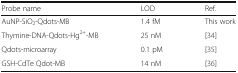
<table><thead><tr><td><b>Probe name</b></td><td><b>LOD</b></td><td><b>Ref.</b></td></tr></thead><tbody><tr><td>AuNP-SiO<sub>2</sub>-Qdots-MB</td><td>1.4 fM</td><td>This work</td></tr><tr><td>Thymine-DNA-Qdots-Hg<sup>2+</sup>-MB</td><td>25 nM</td><td>[34]</td></tr><tr><td>Qdots-microarray</td><td>0.1 pM</td><td>[35]</td></tr><tr><td>GSH-CdTe Qdot-MB</td><td>14 nM</td><td>[36]</td></tr></tbody></table>